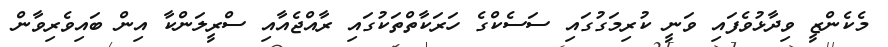
މެކެންޒީ ވިދާޅުވެފައި ވަނީ ކުރިމަގުގައި ސަސެކްގެ ހަރަކާތްތަކުގައި ރާއްޖެއާއި ސްރީލަންކާ އިން ބައިވެރިވާން